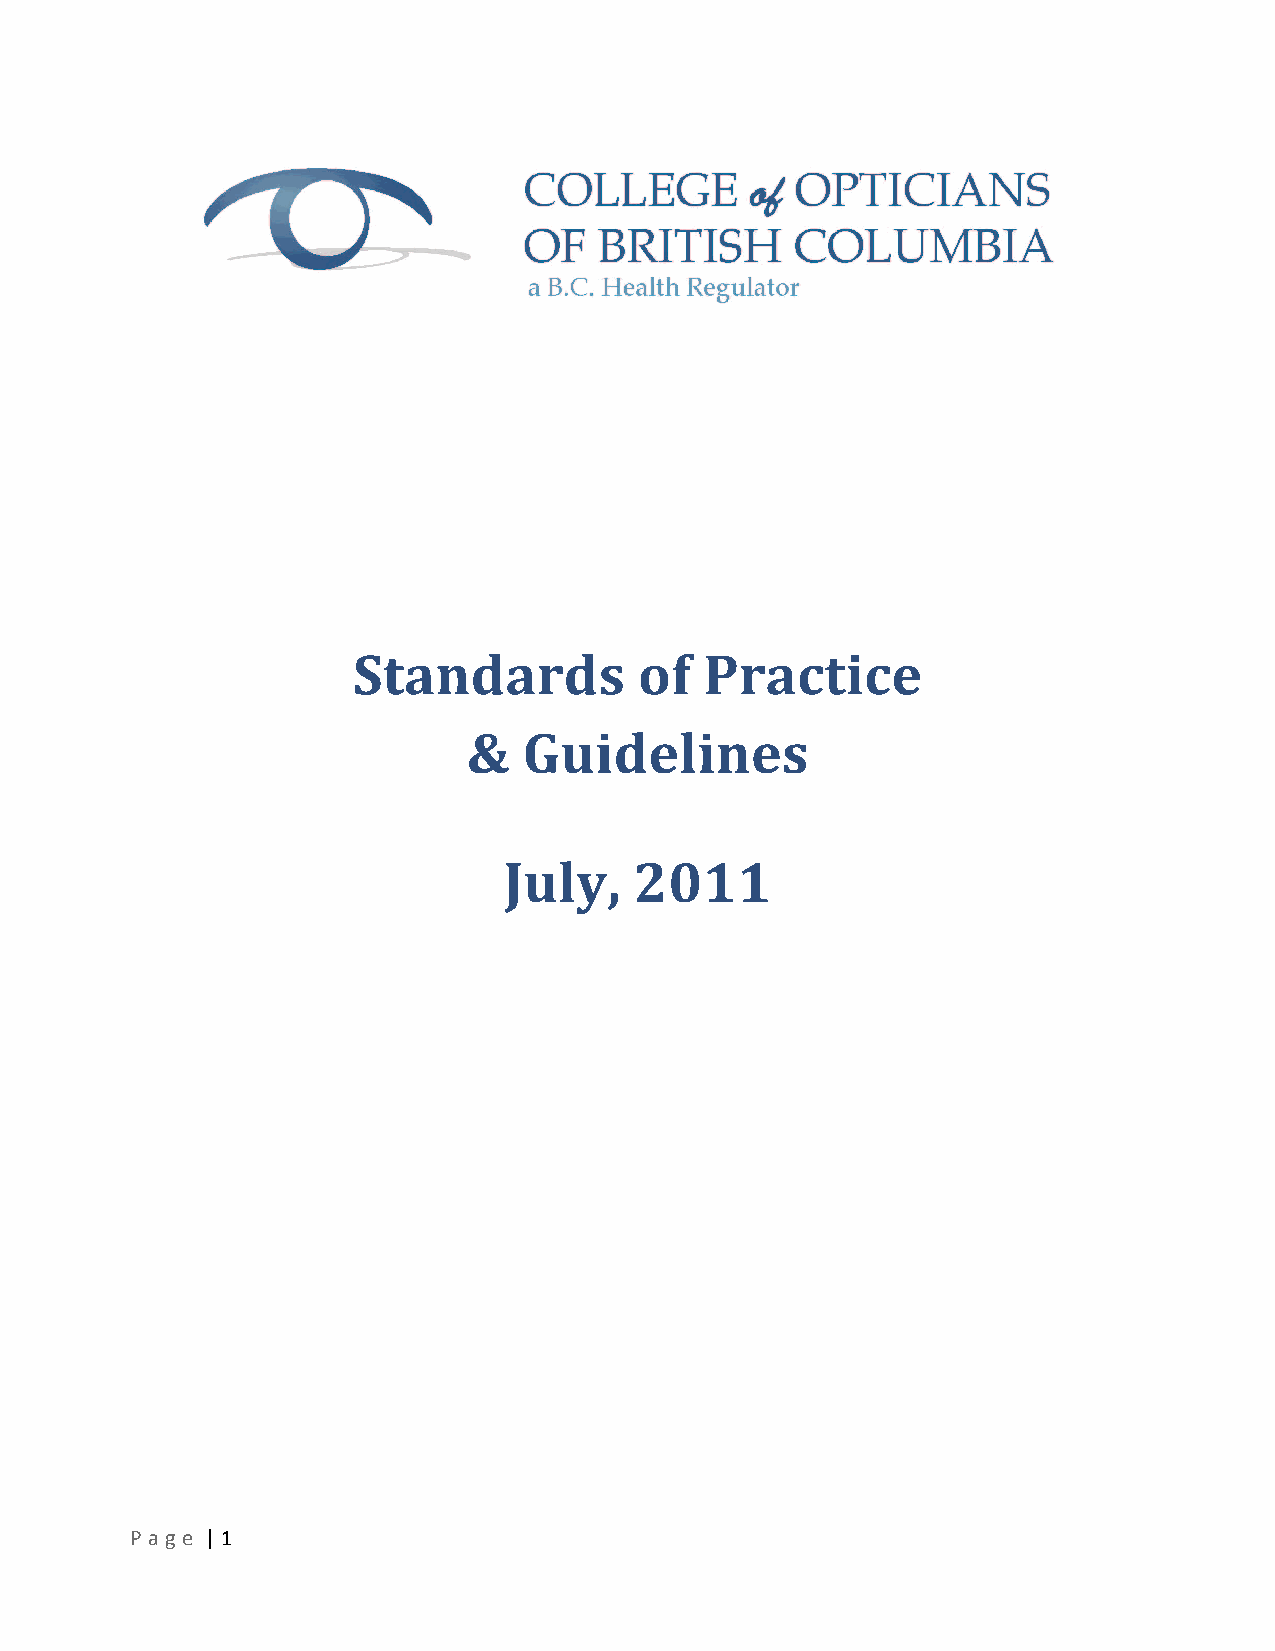
Standards          of   Practice
 &   Guidelines
 July,    2011
 P a g e | 1